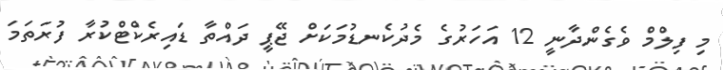
މި ފިލްމް ވެގެންދާނީ 12 އަހަރުގެ މެދުކެނޑުމަކަށް ޖޭޕީ ދައްތާ ޑައިރެކްޓްކުރާ ފުރަތަމަ